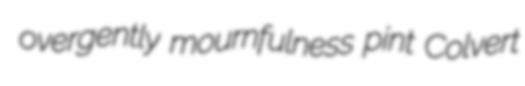
overgently mournfulness pint Colvert